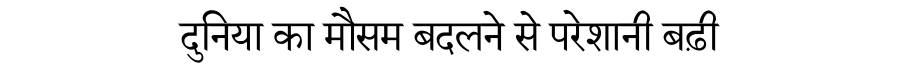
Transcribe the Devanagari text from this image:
दुनिया का मौसम बदलने से परेशानी बढ़ी